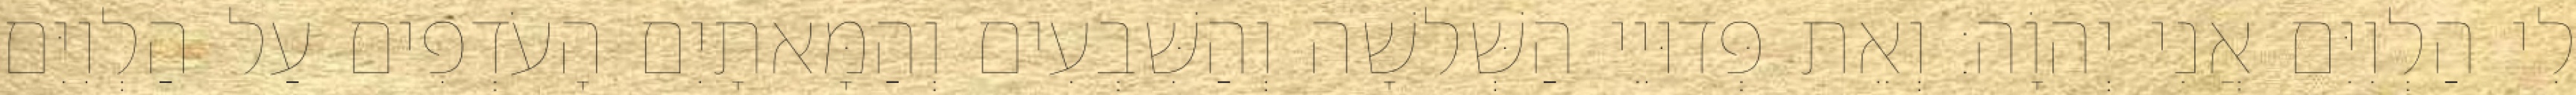
לִי הַלְוִיִּם אֲנִי יְהוָֹה׃ וְאֵת פְּדוּיֵי הַשְּׁלשָׁה וְהַשִּׁבְעִים וְהַמָּאתָיִם הָעֹדְפִים עַל הַלְוִיִּם